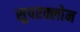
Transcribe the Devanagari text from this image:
सुपरक्लोन